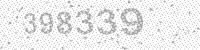
Solution: 398339